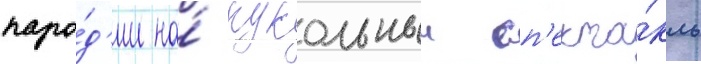
паро́д'ии на́ кукольныи сп'екта́кль